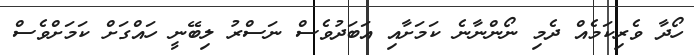
ހޯދާ ވެރިކަމެއް ދެމި ނޯންނާނެ ކަމަށާއި އަބަދުވެސް ނަސްރު ލިބޭނީ ހައްގަށް ކަމަށްވެސް